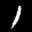
Label: 1